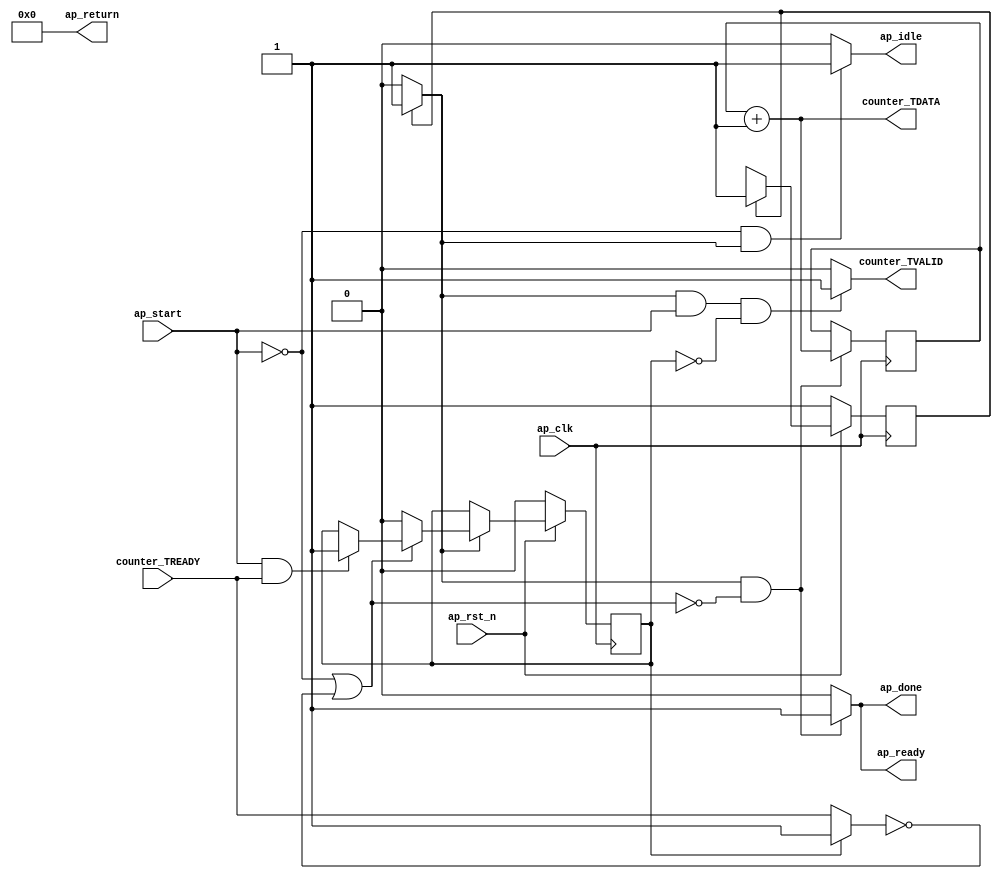
module axi_stream_counter (
        ap_clk,
        ap_rst_n,
        ap_start,
        ap_done,
        ap_idle,
        ap_ready,
        counter_TDATA,
        counter_TVALID,
        counter_TREADY,
        ap_return
);

parameter    ap_const_logic_1 = 1'b1;
parameter    ap_const_logic_0 = 1'b0;
parameter    ap_ST_st1_fsm_0 = 1'b1;
parameter    ap_const_lv32_0 = 32'b00000000000000000000000000000000;
parameter    ap_const_lv1_1 = 1'b1;
parameter    ap_const_lv32_1 = 32'b1;
parameter    ap_true = 1'b1;

input   ap_clk;
input   ap_rst_n;
input   ap_start;
output   ap_done;
output   ap_idle;
output   ap_ready;
output  [31:0] counter_TDATA;
output   counter_TVALID;
input   counter_TREADY;
output  [31:0] ap_return;

reg ap_done;
reg ap_idle;
reg ap_ready;
reg counter_TVALID;
reg    ap_rst_n_inv;
(* fsm_encoding = "none" *) reg   [0:0] ap_CS_fsm = 1'b1;
reg    ap_sig_cseq_ST_st1_fsm_0;
reg    ap_sig_bdd_19;
reg   [31:0] counterValue = 32'b00000000000000000000000000000000;
wire   [31:0] counterValue_assign_fu_34_p2;
reg    ap_sig_ioackin_counter_TREADY;
reg    ap_reg_ioackin_counter_TREADY = 1'b0;
reg   [0:0] ap_NS_fsm;
reg    ap_sig_bdd_60;




/// the current state (ap_CS_fsm) of the state machine. ///
always @ (posedge ap_clk)
begin : ap_ret_ap_CS_fsm
    if (ap_rst_n_inv == 1'b1) begin
        ap_CS_fsm <= ap_ST_st1_fsm_0;
    end else begin
        ap_CS_fsm <= ap_NS_fsm;
    end
end

/// ap_reg_ioackin_counter_TREADY assign process. ///
always @ (posedge ap_clk)
begin : ap_ret_ap_reg_ioackin_counter_TREADY
    if (ap_rst_n_inv == 1'b1) begin
        ap_reg_ioackin_counter_TREADY <= ap_const_logic_0;
    end else begin
        if ((ap_const_logic_1 == ap_sig_cseq_ST_st1_fsm_0)) begin
            if (~((ap_start == ap_const_logic_0) | (ap_const_logic_0 == ap_sig_ioackin_counter_TREADY))) begin
                ap_reg_ioackin_counter_TREADY <= ap_const_logic_0;
            end else if (ap_sig_bdd_60) begin
                ap_reg_ioackin_counter_TREADY <= ap_const_logic_1;
            end
        end
    end
end

/// assign process. ///
always @(posedge ap_clk)
begin
    if (((ap_const_logic_1 == ap_sig_cseq_ST_st1_fsm_0) & ~((ap_start == ap_const_logic_0) | (ap_const_logic_0 == ap_sig_ioackin_counter_TREADY)))) begin
        counterValue <= counterValue_assign_fu_34_p2;
    end
end

/// ap_done assign process. ///
always @ (ap_start or ap_sig_cseq_ST_st1_fsm_0 or ap_sig_ioackin_counter_TREADY)
begin
    if (((ap_const_logic_1 == ap_sig_cseq_ST_st1_fsm_0) & ~((ap_start == ap_const_logic_0) | (ap_const_logic_0 == ap_sig_ioackin_counter_TREADY)))) begin
        ap_done = ap_const_logic_1;
    end else begin
        ap_done = ap_const_logic_0;
    end
end

/// ap_idle assign process. ///
always @ (ap_start or ap_sig_cseq_ST_st1_fsm_0)
begin
    if ((~(ap_const_logic_1 == ap_start) & (ap_const_logic_1 == ap_sig_cseq_ST_st1_fsm_0))) begin
        ap_idle = ap_const_logic_1;
    end else begin
        ap_idle = ap_const_logic_0;
    end
end

/// ap_ready assign process. ///
always @ (ap_start or ap_sig_cseq_ST_st1_fsm_0 or ap_sig_ioackin_counter_TREADY)
begin
    if (((ap_const_logic_1 == ap_sig_cseq_ST_st1_fsm_0) & ~((ap_start == ap_const_logic_0) | (ap_const_logic_0 == ap_sig_ioackin_counter_TREADY)))) begin
        ap_ready = ap_const_logic_1;
    end else begin
        ap_ready = ap_const_logic_0;
    end
end

/// ap_sig_cseq_ST_st1_fsm_0 assign process. ///
always @ (ap_sig_bdd_19)
begin
    if (ap_sig_bdd_19) begin
        ap_sig_cseq_ST_st1_fsm_0 = ap_const_logic_1;
    end else begin
        ap_sig_cseq_ST_st1_fsm_0 = ap_const_logic_0;
    end
end

/// ap_sig_ioackin_counter_TREADY assign process. ///
always @ (counter_TREADY or ap_reg_ioackin_counter_TREADY)
begin
    if ((ap_const_logic_0 == ap_reg_ioackin_counter_TREADY)) begin
        ap_sig_ioackin_counter_TREADY = counter_TREADY;
    end else begin
        ap_sig_ioackin_counter_TREADY = ap_const_logic_1;
    end
end

/// counter_TVALID assign process. ///
always @ (ap_start or ap_sig_cseq_ST_st1_fsm_0 or ap_reg_ioackin_counter_TREADY)
begin
    if (((ap_const_logic_1 == ap_sig_cseq_ST_st1_fsm_0) & ~(ap_start == ap_const_logic_0) & (ap_const_logic_0 == ap_reg_ioackin_counter_TREADY))) begin
        counter_TVALID = ap_const_logic_1;
    end else begin
        counter_TVALID = ap_const_logic_0;
    end
end
/// the next state (ap_NS_fsm) of the state machine. ///
always @ (ap_start or ap_CS_fsm or ap_sig_ioackin_counter_TREADY)
begin
    case (ap_CS_fsm)
        ap_ST_st1_fsm_0 : 
        begin
            ap_NS_fsm = ap_ST_st1_fsm_0;
        end
        default : 
        begin
            ap_NS_fsm = 'bx;
        end
    endcase
end

assign ap_return = ap_const_lv32_0;

/// ap_rst_n_inv assign process. ///
always @ (ap_rst_n)
begin
    ap_rst_n_inv = ~ap_rst_n;
end

/// ap_sig_bdd_19 assign process. ///
always @ (ap_CS_fsm)
begin
    ap_sig_bdd_19 = (ap_CS_fsm[ap_const_lv32_0] == ap_const_lv1_1);
end

/// ap_sig_bdd_60 assign process. ///
always @ (ap_start or counter_TREADY)
begin
    ap_sig_bdd_60 = (~(ap_start == ap_const_logic_0) & (ap_const_logic_1 == counter_TREADY));
end
assign counterValue_assign_fu_34_p2 = (counterValue + ap_const_lv32_1);
assign counter_TDATA = (counterValue + ap_const_lv32_1);


endmodule